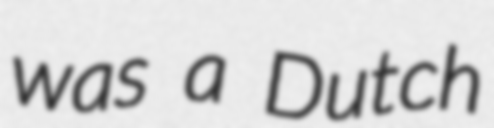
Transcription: was a Dutch